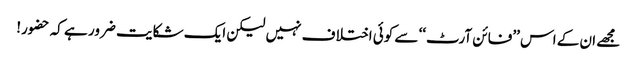
مجھے ان کے اس ’’فائن آرٹ‘‘ سے کوئی اختلا ف نہیں لیکن ایک شکایت ضرور ہے کہ حضور!